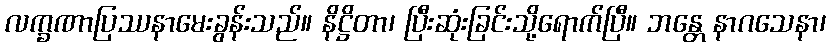
လက္ခဏာပြဿနာမေးခွန်းသည်။ နိဋ္ဌိတာ၊ ပြီးဆုံးခြင်းသို့ရောက်ပြီ။ ဘန္တေ နာဂသေနာ၊